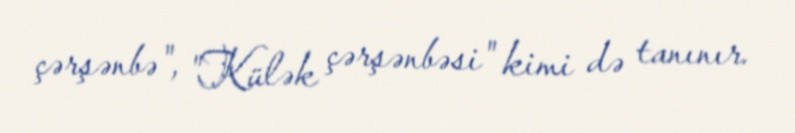
çərşənbə", "Külək çərşənbəsi" kimi də tanınır.